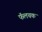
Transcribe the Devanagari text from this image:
फॅलचक